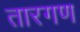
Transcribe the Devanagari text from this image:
तारगण